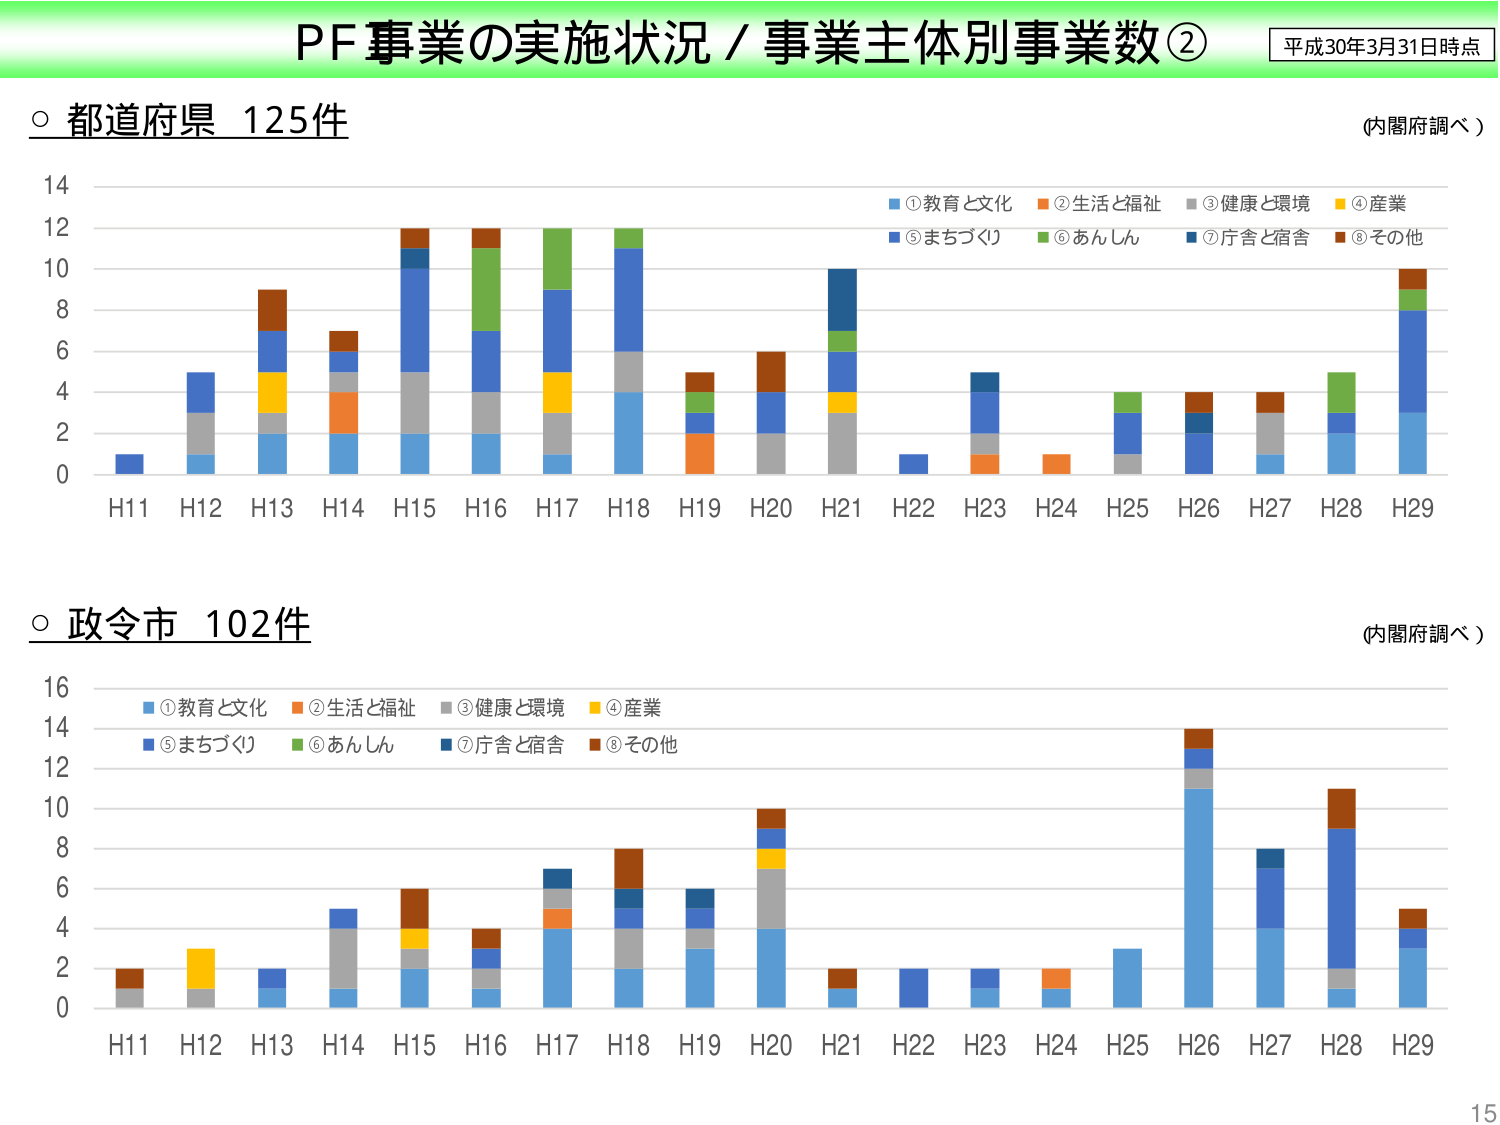
PF事業の実施状況／事業主体別事業数②
平成30年3月31日時点
○ 都道府県 125件
(内閣府調べ)
14
12
10
8
6
4
2
0
H11 H12 H13 H14 H15 H16 H17 H18 H19 H20 H21 H22 H23 H24 H25 H26 H27 H28 H29
■①教育と文化 ■②生活と福祉 ■③健康と環境 ■④産業
■⑤まちづくり ■⑥あんしん ■⑦庁舎と宿舎 ■⑧その他
○ 政令市 102件
(内閣府調べ)
16
14
12
10
8
6
4
2
0
H11 H12 H13 H14 H15 H16 H17 H18 H19 H20 H21 H22 H23 H24 H25 H26 H27 H28 H29
■①教育と文化 ■②生活と福祉 ■③健康と環境 ■④産業
■⑤まちづくり ■⑥あんしん ■⑦庁舎と宿舎 ■⑧その他
15